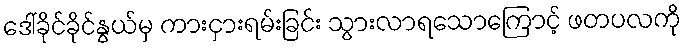
ဒေါ်ခိုင်ခိုင်နွယ်မှ ကားငှားရမ်းခြင်း သွားလာရသောကြောင့် ဖတပလကို